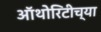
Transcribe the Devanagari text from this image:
ऑथोरिटीच्या